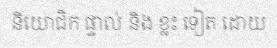
និយោជិក ផ្ទាល់ និង ខ្លះ ទៀត ដោយ